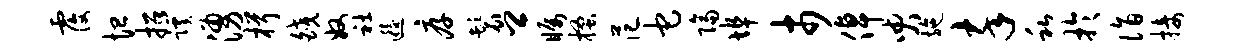
覆恤招蹊涌楫皎奴社逅厚鬟卿瞩搔范它隔埠市倬臾施卒私于诣接